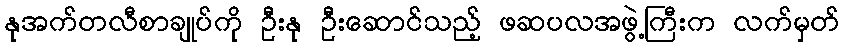
နုအက်တလီစာချုပ်ကို ဦးနု ဦးဆောင်သည့် ဖဆပလအဖွဲ့ကြီးက လက်မှတ်